Leaving Certificate Examination, 1924
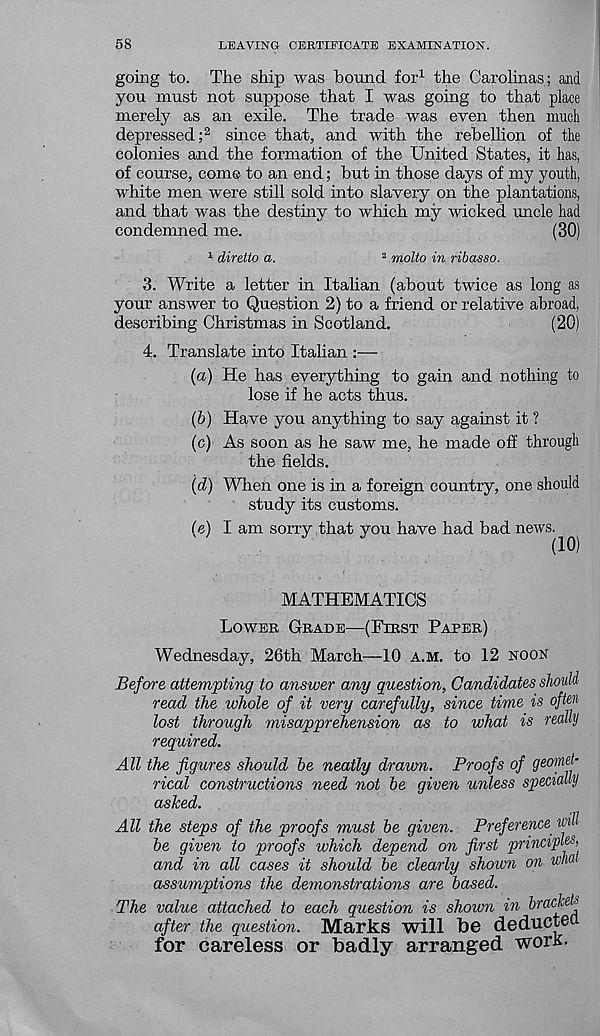
58
LEAVING CERTIFICATE EXAMINATION.
going to. The ship was bound for 1 the Carolinas; and
you must not suppose that I was going to that place
merely as an exile. The trade was even then much
depressed; 2 since that, and with the rebellion of the
colonies and the formation of the United States, it has,
of course, come to an end; but in those days of my youth,
white men were still sold into slavery on the plantations,
and that was the destiny to which my wicked uncle had
condemned me.
(30)
1 diretto a.
2 molto in ribasso.
3. Write a letter in Italian (about twice as long as
your answer to Question 2) to a friend or relative abroad,
describing Christmas in Scotland.
(20)
4. Translate into Italian :—
(a) He has everything to gain and nothing to
lose if he acts thus.
(b) Have you anything to say against it ?
(c) As soon as he saw me, he made off through
the fields.
(d) When one is in a foreign country, one should
study its customs.
(e) I am soiTy that you have had bad news. ^ ^
MATHEMATICS
Lower Grade—(First Paper)
Wednesday, 26th March—10 A.M. to 12 noon
Before attempting to answer any question, Candidates should
read the whole of it very carefully, since time is often
lost through misapprehension as to what is really
required.
All the figures should be neatly draum. Proofs of geomet-
rical constructions need not be given unless specially
asked.
All the steps of the proofs must be given. Preference. vM
be given to proofs which depend on first principles,
and in all cases it should be clearly shown on wha
assumptions the demonstrations are based.
The value attached to each question is shown in brackets
after the question. Marks will be deducted
for careless or badly arranged work.